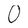
Character: O